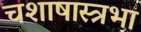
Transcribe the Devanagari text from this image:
चशाषास्त्रभा